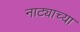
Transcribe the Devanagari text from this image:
नाट्याच्या